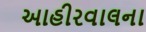
આહીરવાલના